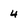
Character: 4